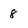
Character: 8